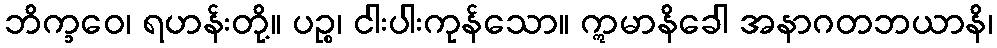
ဘိက္ခဝေ၊ ရဟန်းတို့။ ပဉ္စ၊ ငါးပါးကုန်သော။ ဣမာနိခေါ အနာဂတဘယာနိ၊